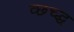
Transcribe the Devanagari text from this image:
व्छच्द्ध